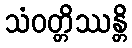
သံဝတ္တိဿန္တိ